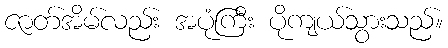
ဇာတ်အိမ်လည်း အပုံကြီး ပိုကျယ်သွားသည်။